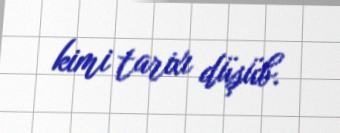
kimi tarixı düşüb.